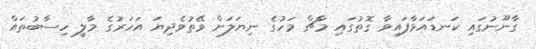
ގާނޫނުގައި ކަނޑައަޅާފައިވާ ގޮތުގައި މާޗް މަހުގެ ނިޔަލަށް ވޭތުވެދިޔަ އަހަރުގެ މާލީ ހިސާބުތައް